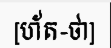
[ហ័ត-ថា]